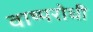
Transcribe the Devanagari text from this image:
वाष्परोधी